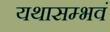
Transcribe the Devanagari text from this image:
यथासम्भवं